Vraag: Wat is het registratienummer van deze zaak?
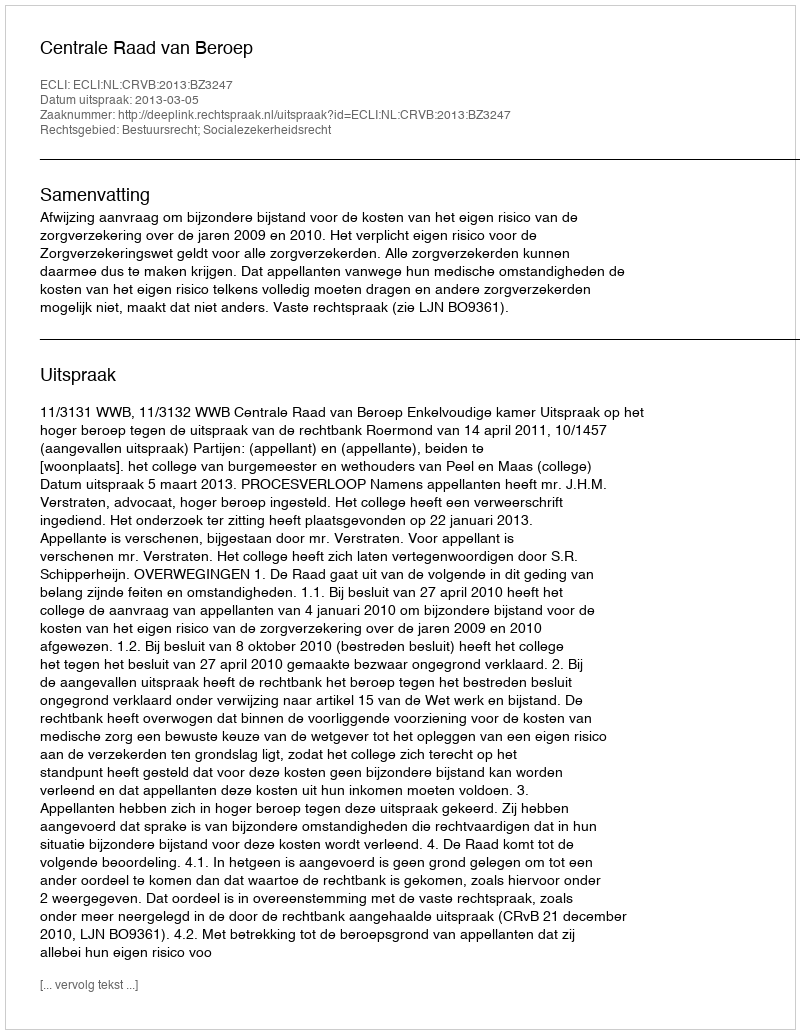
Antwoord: http://deeplink.rechtspraak.nl/uitspraak?id=ECLI:NL:CRVB:2013:BZ3247